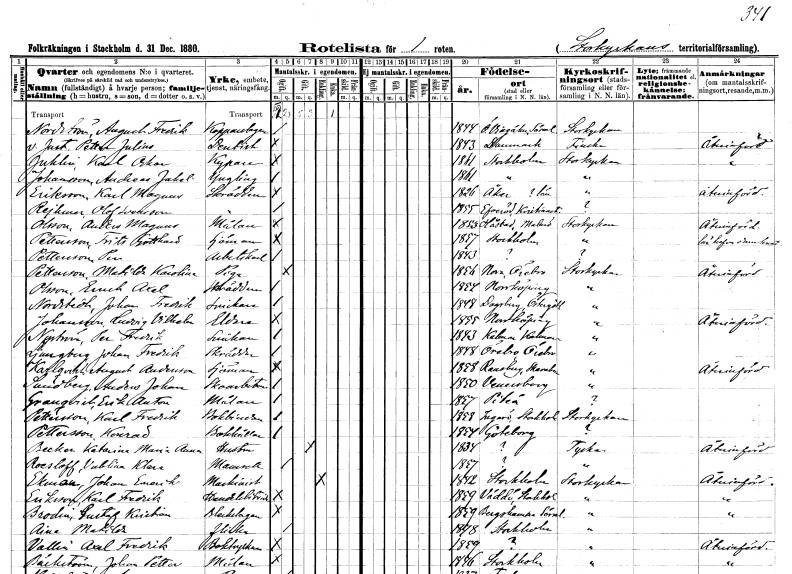
gt_parse: households: individuals: FN: August Fredrik
EN: Nordström
YRKE: Kopparslagare
KON: M
CIV: O
FODAR: 1844
FODFORS: Östra Vingåker Södermanlands län
FN: Petter Julius
EN: v. Just
YRKE: Dentist
KON: M
CIV: O
FODAR: 1843
FN: Karl Oskar
EN: Juhlin
YRKE: Kypare
KON: M
CIV: O
FODAR: 1861
FODFORS: Stockholm
FN: Andreas Jakob
EN: Johansson
KON: M
CIV: O
FODAR: 1861
FODFORS: Stockholm
FN: Karl Magnus
EN: Eriksson
YRKE: Skräddare
KON: M
CIV: O
FODAR: 1826
FODFORS: Åker Stockholms län
FN: Reimer Olof
EN: Svensson
YRKE: Skräddare
KON: M
CIV: O
FODAR: 1855
FODFORS: Everöd Kristianstads län
FN: Anders Magnus
EN: Olsson
YRKE: Målare
KON: M
CIV: O
FODAR: 1853
FODFORS: Håstad Malmöhus län
FN: Frits Gotthard
EN: Pettersson
YRKE: Sjöman
KON: M
CIV: O
FODAR: 1857
FODFORS: Stockholm
FN: Per
EN: Pettersson
YRKE: Arbetskarl
KON: M
CIV: O
FODAR: 1843
FN: Matilda Karolina
EN: Pettersson
YRKE: Piga
KON: M
CIV: O
FODAR: 1856
FODFORS: Nora Örebro län
FN: Enock Axel
EN: Olsson
YRKE: Skräddare
KON: M
CIV: O
FODAR: 1854
FODFORS: Norrköping Östergötlands län
FN: Johan Fredrik
EN: Nordstedt
YRKE: Snickare
KON: M
CIV: O
FODAR: 1848
FODFORS: Dagsberg Östergötlands län
FN: Ludvig Vilhelm
EN: Johansson
YRKE: Eldare
KON: M
CIV: O
FODAR: 1855
FODFORS: Norrköping Östergötlands län
FN: Per Fredrik
EN: Nyström
YRKE: Snickare
KON: M
CIV: O
FODAR: 1843
FODFORS: Kalmar Kalmar län
FN: Johan Fredrik
EN: Ljungberg
YRKE: Skräddare
KON: M
CIV: O
FODAR: 1848
FODFORS: Örebro Örebro län
FN: August
EN: Karlqvist Andersson
YRKE: Sjöman
KON: M
CIV: O
FODAR: 1858
FODFORS: Ramsberg Örebro län
FN: Anders Johan
EN: Sundberg
YRKE: Skoarbetare
KON: M
CIV: O
FODAR: 1850
FODFORS: Vänersborg Älvsborgs län
FN: Erik Anton
EN: Granqvist
YRKE: Målare
KON: M
CIV: O
FODAR: 1857
FODFORS: Piteå Norrbottens län
FN: Karl Fredrik
EN: Pettersson
YRKE: Bokbindare
KON: M
CIV: O
FODAR: 1858
FODFORS: Ingarö Stockholms län
FN: Konrad
EN: Pettersson
YRKE: Bokhållare
KON: M
CIV: O
FODAR: 1854
FODFORS: Göteborg Göteborgs- och Bohuslän
FN: Katarina Maria Anna
EN: Becker
YRKE: Hustru
KON: K
CIV: G
FODAR: 1834
FN: Vablina Klara
EN: Roesloff
KON: K
CIV: O
FODAR: 1857
FN: Johan Emerik
EN: Ekman
YRKE: Maskinist
KON: M
CIV: O
FODAR: 1842
FODFORS: Stockholm
FN: Karl Fredrik
EN: Eriksson
YRKE: Handelsbiträde
KON: M
CIV: O
FODAR: 1859
FODFORS: Väddö Stockholms län
FN: Gustaf Kristian
EN: Brodin
YRKE: Bleckslagare
KON: M
CIV: O
FODAR: 1859
FODFORS: Bergshammar Södermanlands län